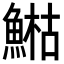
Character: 𩹬